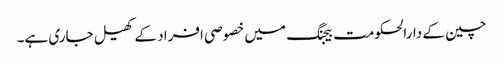
چین کے دارالحکومت بیجنگ میں خصوصی افراد کے کھیل جاری ہے۔